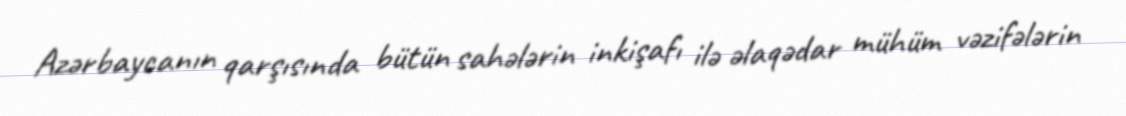
Azərbaycanın qarşısında bütün sahələrin inkişafı ilə əlaqədar mühüm vəzifələrin